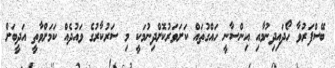
ބޭސްފަރުވާ ހޯދައިދިނުމާއި އިންސާނީ ހައްގުތައް ކަށަވަރުކޮށްދިނުމަކީ މި ސަރުކާރުގެ ވައުދެއް ކަމަށްވާތީ އަދީބަށް